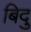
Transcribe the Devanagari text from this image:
बिदु